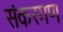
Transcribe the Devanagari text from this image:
संकरगण